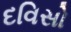
દવિસો